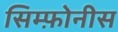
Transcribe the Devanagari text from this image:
सिम्फ़ोनीस